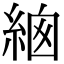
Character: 𦀙